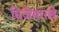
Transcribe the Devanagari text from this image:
विजेसारखे